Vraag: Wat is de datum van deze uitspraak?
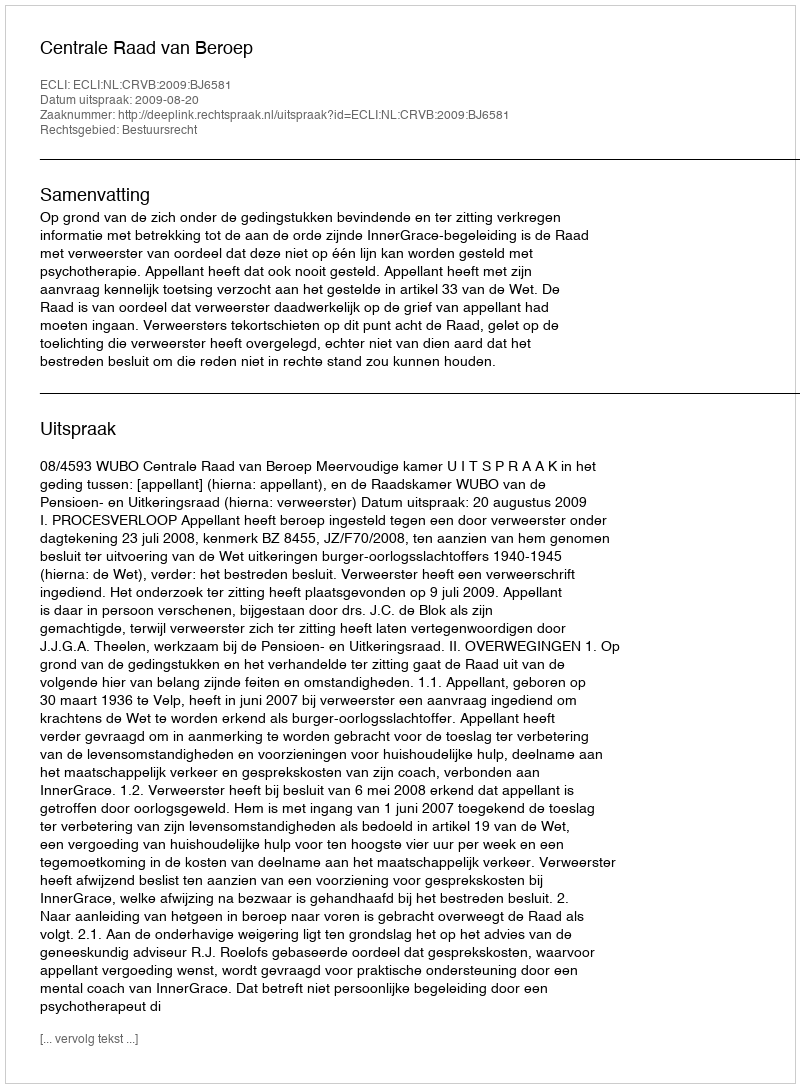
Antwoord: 2009-08-20